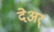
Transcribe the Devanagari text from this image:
देअर्